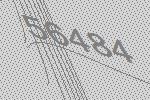
56484